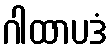
ဂါထာပဒံ